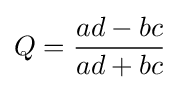
Q={\frac {ad-bc}{ad+bc}}\